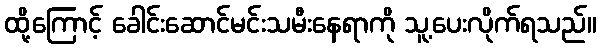
ထို့ကြောင့် ခေါင်းဆောင်မင်းသမီးနေရာကို သူ့ပေးလိုက်ရသည်။